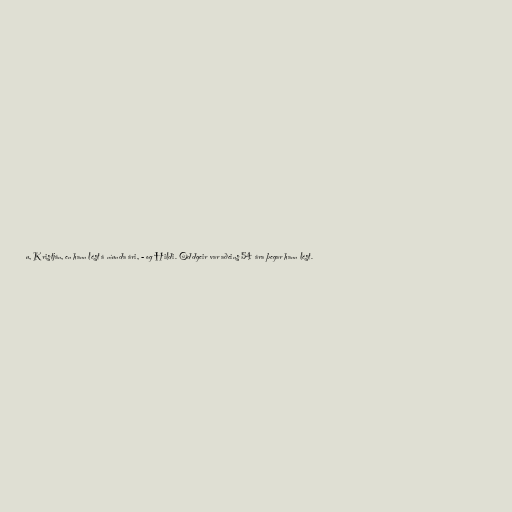
u, Kristján, en hann lést á níunda ári, - og Hildi. Oddgeir var aðeins 54 ára þegar hann lést.